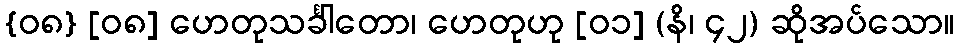
{၀၈} [၀၈] ဟေတုသင်္ခါတော၊ ဟေတုဟု [၀၁] (နိ၊ ၄၂) ဆိုအပ်သော။